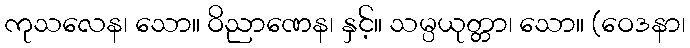
ကုသလေန၊ သော။ ဝိညာဏေန၊ နှင့်။ သမ္ပယုတ္တာ၊ သော။ (ဝေဒနာ၊